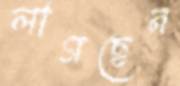
লাগছেন